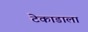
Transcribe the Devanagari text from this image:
टेकाडाला